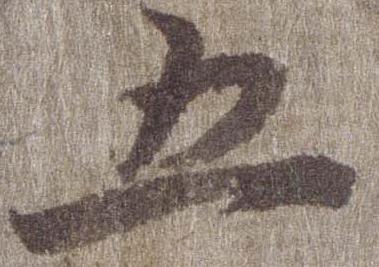
五